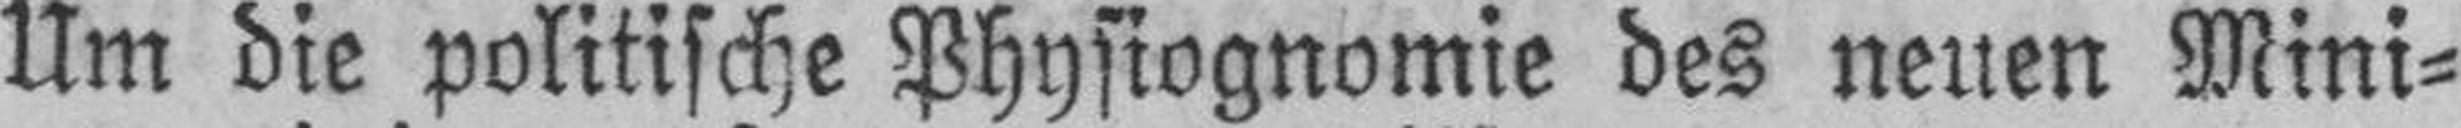
Um die politische Physiognomie des neuen Mini¬